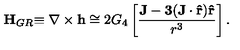
{ \bf H } _ { G R } { \bf \equiv \nabla \times h } \cong 2 G _ { 4 } \left[ { \frac { \bf J - 3 ( { \bf J \cdot \hat { r } } ) { \bf \hat { r } } } { r ^ { 3 } } } \right] .